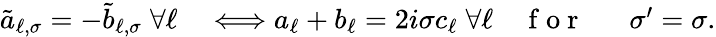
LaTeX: \begin{array}{rlrl}{\tilde{a}_{\ell,\sigma}=-\tilde{b}_{\ell,\sigma}\; \forall\ell}&{{}\Longleftrightarrow a_{\ell}+b_{\ell}=2i\sigma c_{\ell}\; \forall\ell}&{\mathrm{~f~o~r~}}&{{}\; \; \sigma^{\prime}=\sigma.}\end{array}